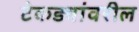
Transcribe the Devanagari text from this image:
टेकड्यांवरील